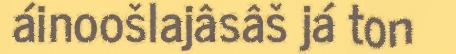
áinoošlajâsâš já ton